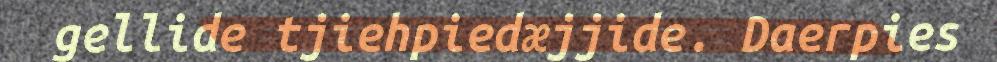
gellide tjiehpiedæjjide. Daerpies